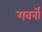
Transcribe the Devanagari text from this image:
गवर्नो